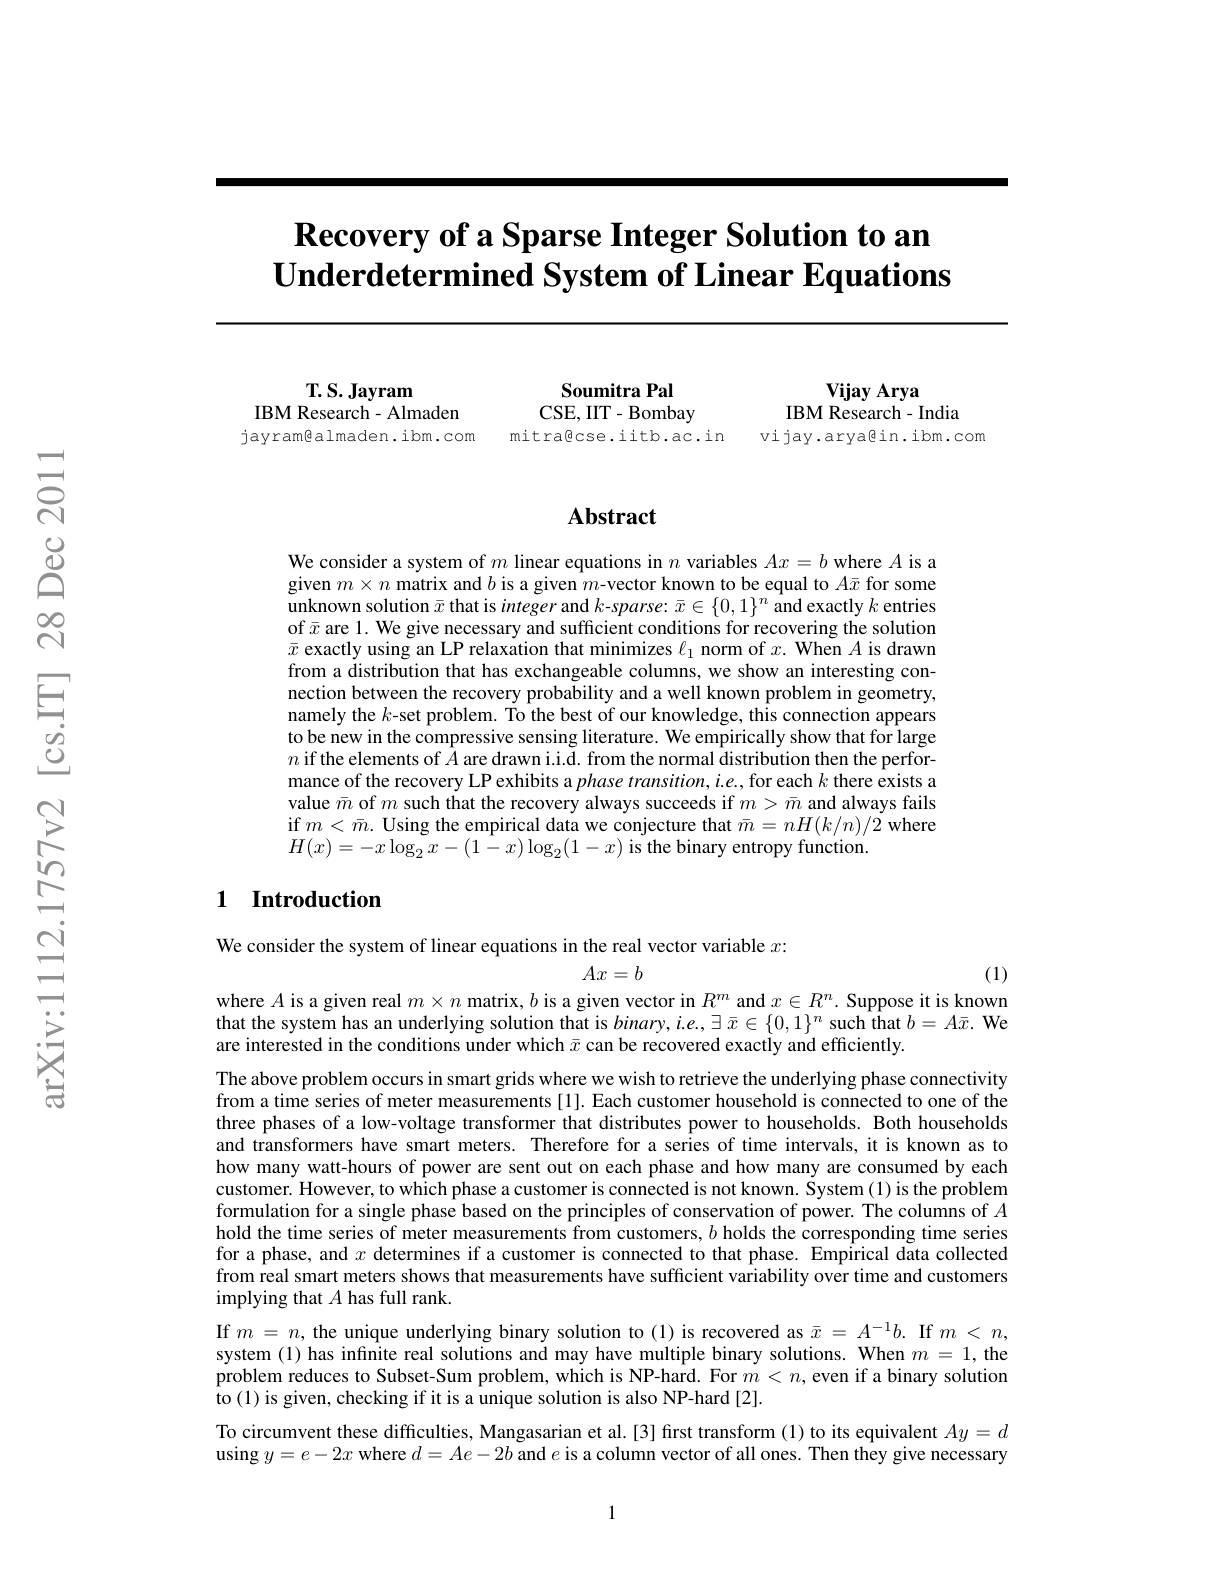
# $\textbf{Recovery of a Sparse Integer Solution to an}$ $\textbf{Underdetermined System of Linear Equations}$

$\mathbf{T.S.Jayram}$
IBM Research - Almaden jayramealmaden.ibm.com

Soumitra Pal
CSE, IIT- Bombay
IBM Research- India
mitra@cse.iitb.ac.in
vijay.arya@in.ibm.com

$\mathbf{vijayArya}$

## Abstract

We consider a system of $m$ linear equations in $n$ variables $Ax=b$ where $A$ is a given $m\times n$ matrix and $b$ is a given $m$-vector known to be equal to $A\bar{x}$ for some unknown solution $\bar{x}$ that is integer and $k$-sparse: $\bar{x}\in\{0,1\}^n$ and exactly $k$ entries of $\bar{x}$ are 1. We give necessary and sufficient conditions for recovering the solution $\bar{x}$ exactly using an LP relaxation that minimizes $\ell_1$ norm of $x.$ When $A$ is drawn from a distribution that has exchangeable columns, we show an interesting connection between the recovery probability and a well known problem in geometry, namely the $k$-set problem. To the best of our knowledge, this connection appears to be new in the compressive sensing literature. We empirically show that for large $n$ if the elements of $\bar{A}$ are drawn i.i.d. from the normal distribution then the performance of the recovery LP exhibits a $phase\textit{transition, i. e. , for each }k$ there exists a value $\bar{m}$ of $m$ such that the recovery always succeeds if $m>\bar{m}$ and always fails if $m<\bar{m}.$ Using the empirical data we conjecture that $\bar{m}=nH(k/n)/2$ where $H(x)=-x\log_{2}\tilde{x}-(1-x)\log_{2}(1-x)$ is the binary entropy function.

## 1 Introduction

We consider the system of linear equations in the real vector variable $x{:}$
$$Ax=b$$
(1)

where $A$ is a given real $m\times n$ matrix, $b$ is a given vector in $R^m$ and $x\in R^n.$ Suppose it is known that the system has an underlying solution that is $binary,i.e.,\exists\bar{x}\in\{0,1\}^n$ such that $b=A\bar{x}.$ We are interested in the conditions under which $\bar{x}$ can be recovered exactly and efficiently.

The above problem occurs in smart grids where we wish to retrieve the underlying phase connectivity from a time series of meter measurements[1]. Each customer household is connected to one of the three phases of a low-voltage transformer that distributes power to households. Both households and transformers have smart meters. Therefore for a series of time intervals, it is known as to how many watt-hours of power are sent out on each phase and how many are consumed by each customer. However, to which phase a customer is connected is not known. System (1) is the problem formulation for a single phase based on the principles of conservation of power. The columns of $A$ hold the time series of meter measurements from customers, $b$ holds the corresponding time series for a phase, and $x$ determines if a customer is connected to that phase. Empirical data collected from real smart meters shows that measurements have sufficient variability over time and customers implying that $A$ has full rank.

If $m=n$, the unique underlying binary solution to(1) is recovered as $\bar{x}=A^{-1}b.$ If $m<n$, system (1) has infinite real solutions and may have multiple binary solutions. When $m=1$, the problem reduces to Subset-Sum problem, which is NP-hard. For $\dot{m}<n$, even if a binary solution ${\hat{\text{to}}(1)\mathrm{~is~given,~checking~if~it~is~a~unique~solution~is~also~NP-hard~[2].}}$
To circumvent these difficulties, Mangasarian et al.[3] first transform (1) to its equivalent $Ay=d$ using $y=e-2x$ where $d=Ae-2b$ and $e$ is a column vector of all ones. Then they give necessary

1